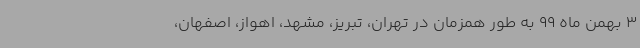
3 بهمن ماه 99 به طور همزمان در تهران، تبریز، مشهد، اهواز، اصفهان،